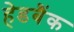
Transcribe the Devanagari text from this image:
हेडबैंक